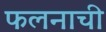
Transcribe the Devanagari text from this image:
फलनाची